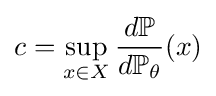
c=\sup \limits _{x\in X}{\frac {d\mathbb {P} }{d\mathbb {P} _{\theta }}}(x)